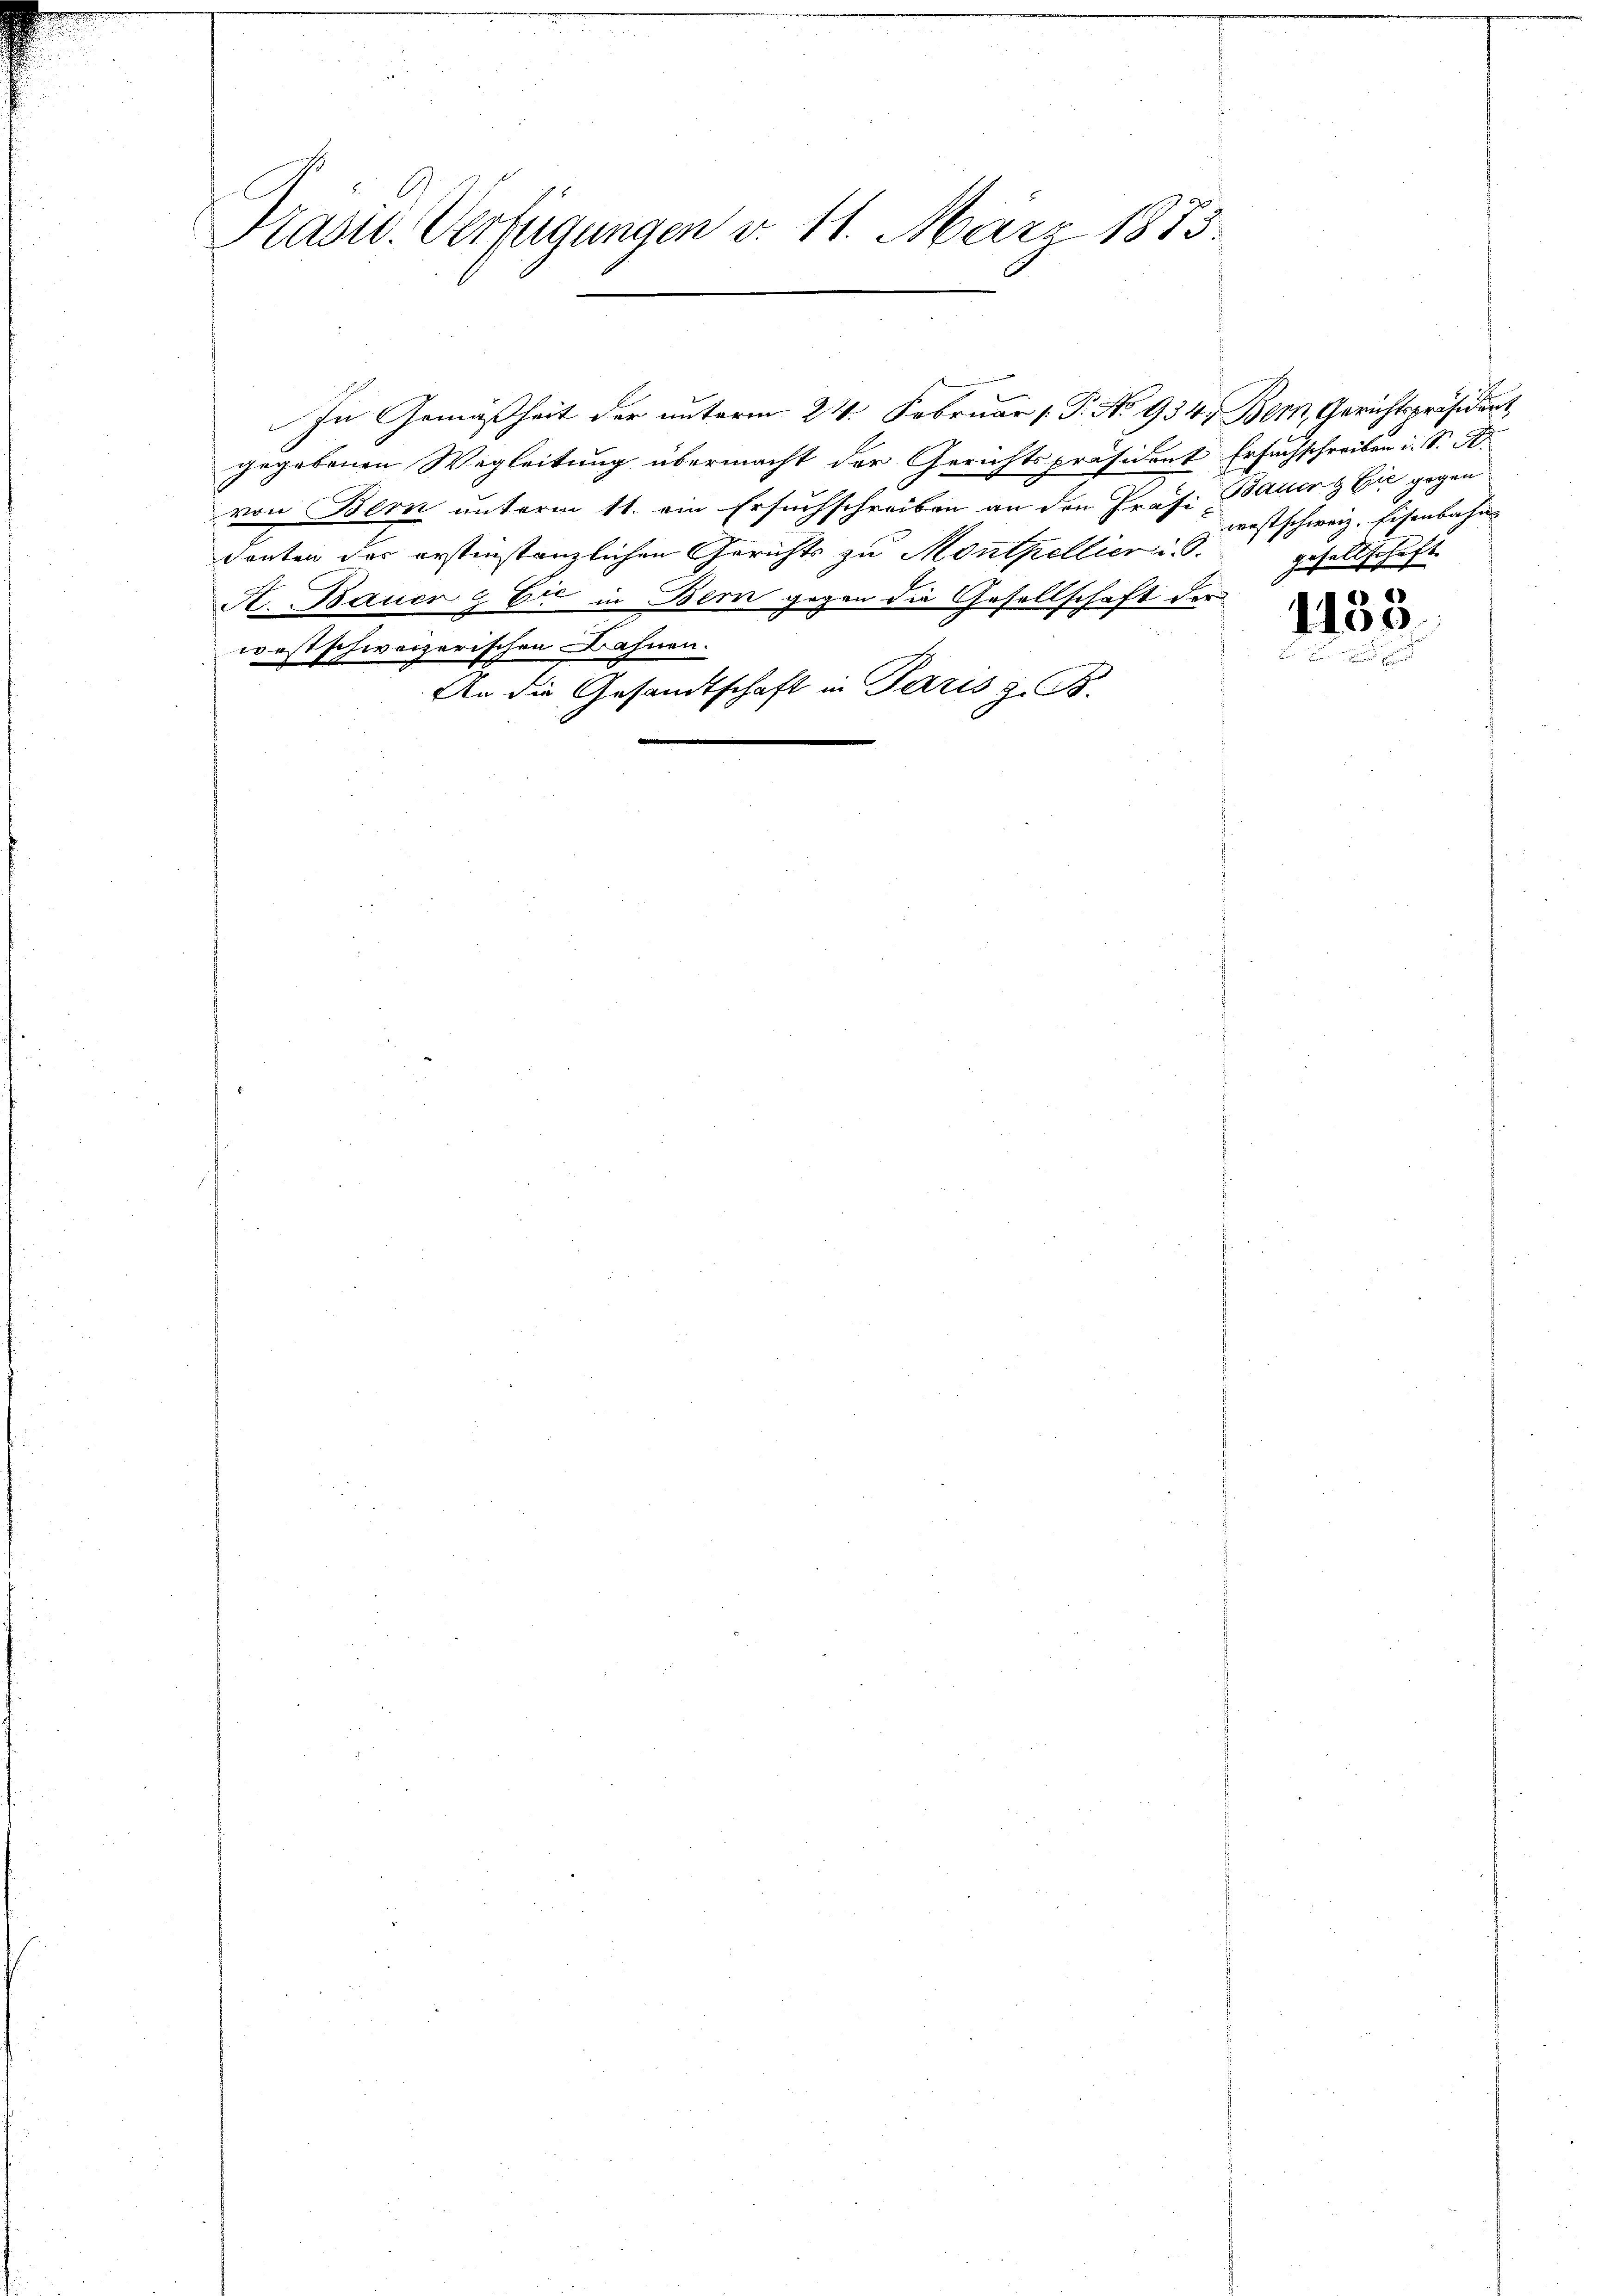
Kasiv. Verfügungen v. 11. März 1883.

In Gemäßheit der unterm 24. Februar P. No 934, Bern, Gerichtspräsident
gegebenen Wegleitung übermacht der Gerichtspräsident Ersuchschreiben i. S. R.
von Bern unterm 11. ein Ersuchschreiben an den Präsi Bauer & Cie gegen
Senten der erstinstanzlichen Gerichts zu Monthellier i. S.
A. Bauer & Er in Bern gegen die Gesellschaft der
westschweizerischen Bahnen.
An die Gesandtschaft in Paris z. B.

westschweiz. Eisenbahn
gesellschaft

1153.